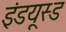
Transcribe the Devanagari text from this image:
इंडयूस्ड